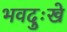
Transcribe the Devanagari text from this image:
भवदुःखे